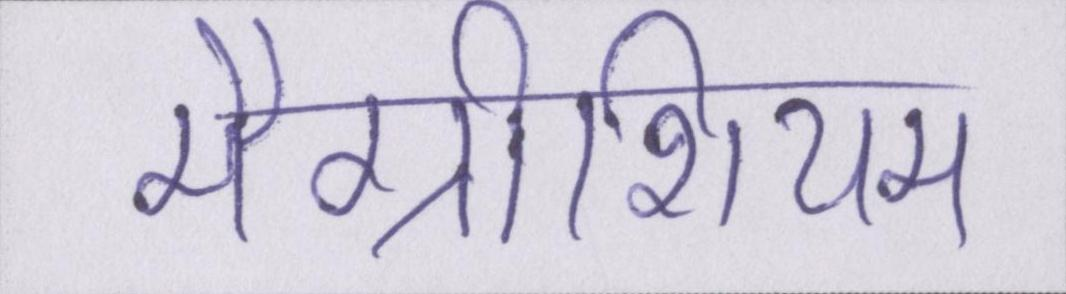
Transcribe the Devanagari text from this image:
मैग्नीशियम